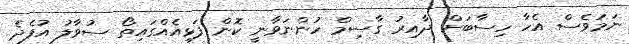
ނަމަވެސް އެހާ ހިސާބަށް ދާއިރު ގާސިމް ހުންނަވާނީ ކޮން ފަޅިއެއްގައިތޯ ސުވާލު އުފެދެ